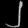
Digit: ၂